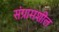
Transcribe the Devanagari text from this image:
संग्रामशील